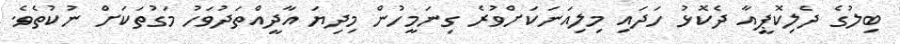
ބިލުގެ ދެލިކޮޕީއާ ދެކޮޅު ހަދައި މިލިއަނަކަށްވުރެ ގިނަމީހުން މިދިޔަ އާދީއްތަދުވަހު މަގުތަކަށް ނުކުތެވެ.